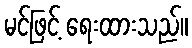
မင်ဖြင့် ရေးထားသည်။